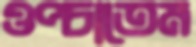
ওপ্‌চাতেম